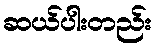
ဆယ်ပါးတည်း